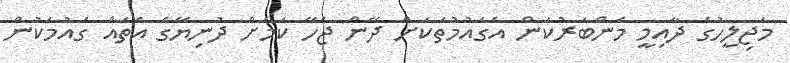
މަޖިލީހުގެ ދާއިމީ މެންބަރުކަން އެގައުމުތަކަށް ދޭން ޖެހޭ ކަމަށް ދުނިޔޭގެ އެތައް ގައުމަކުން